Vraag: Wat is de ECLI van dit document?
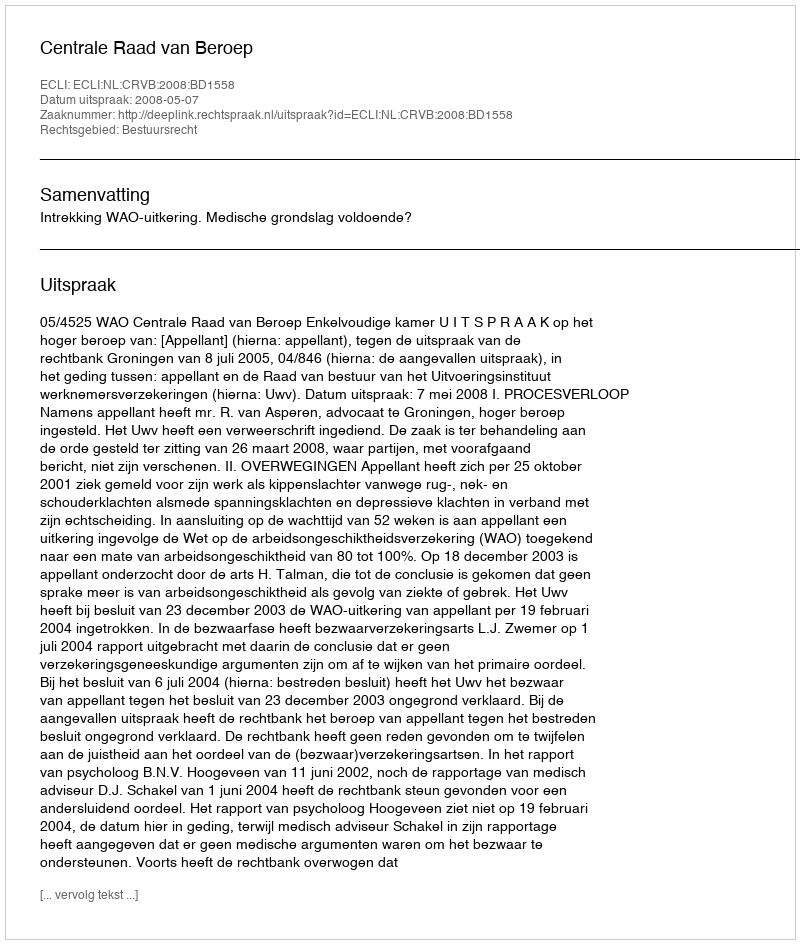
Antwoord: ECLI:NL:CRVB:2008:BD1558